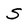
Character: S